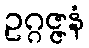
ဥဂ္ဂဇ္ဇနံ